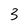
Character: 3